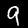
Label: 9